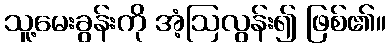
သူ့မေးခွန်းကို အံ့ဩလွန်း၍ ဖြစ်၏။